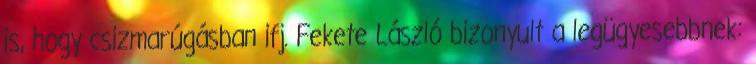
is, hogy csizmarúgásban ifj. Fekete László bizonyult a legügyesebbnek: